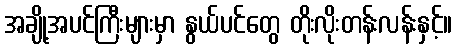
အချို့အပင်ကြီးများမှာ နွယ်ပင်တွေ တိုးလိုးတန်းလန်းနှင့်။